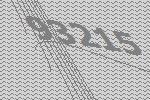
93215